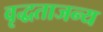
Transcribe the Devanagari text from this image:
वृद्धताजन्य